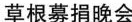
草根募捐晚会